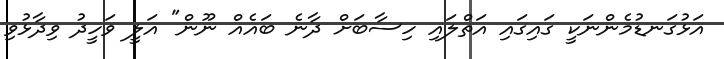
އަޅުގަނޑުމެންނަކީ ގައިގައި އަތްލައި ހިސާބަށް ދާނެ ބައެއް ނޫން" އަލީ ވަހީދު ވިދާޅުވި